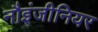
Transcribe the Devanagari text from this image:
नौइंजीनियर